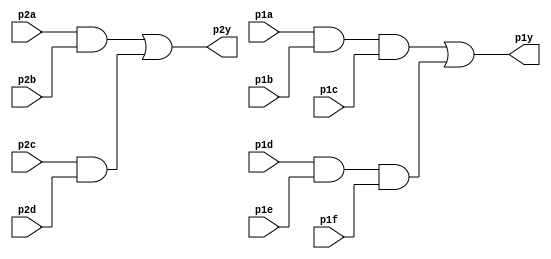
module top_module ( 
    input p1a, p1b, p1c, p1d, p1e, p1f,
    output p1y,
    input p2a, p2b, p2c, p2d,
    output p2y );
    
    wire and_1,and_2,and_3,and_4;
    
    and a (and_1,p2a,p2b);
    and b (and_2,p2c,p2d);
    and c (and_3,p1a,p1b,p1c);
    and d (and_4,p1d,p1e,p1f);
    or  e (p2y,and_1,and_2);
    or  f (p1y,and_3,and_4);
    
endmodule